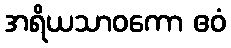
အရိယသာဝကော ဧဝံ